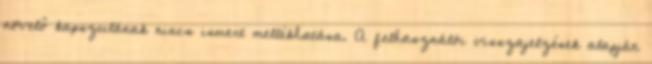
növelő kapszulának nincs ismert mellékhatása. A felhasználói visszajelzések alapján